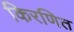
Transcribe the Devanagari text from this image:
किरणित